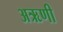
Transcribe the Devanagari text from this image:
अऋणी